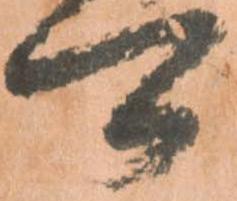
可